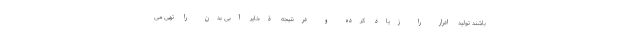
باشند تولید ادرار را زیاد کرده و درنتیجه ذخایر آبی بدن را تهی می‌